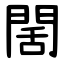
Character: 䦚